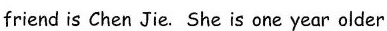
friend is Chen Jie. She is one year older